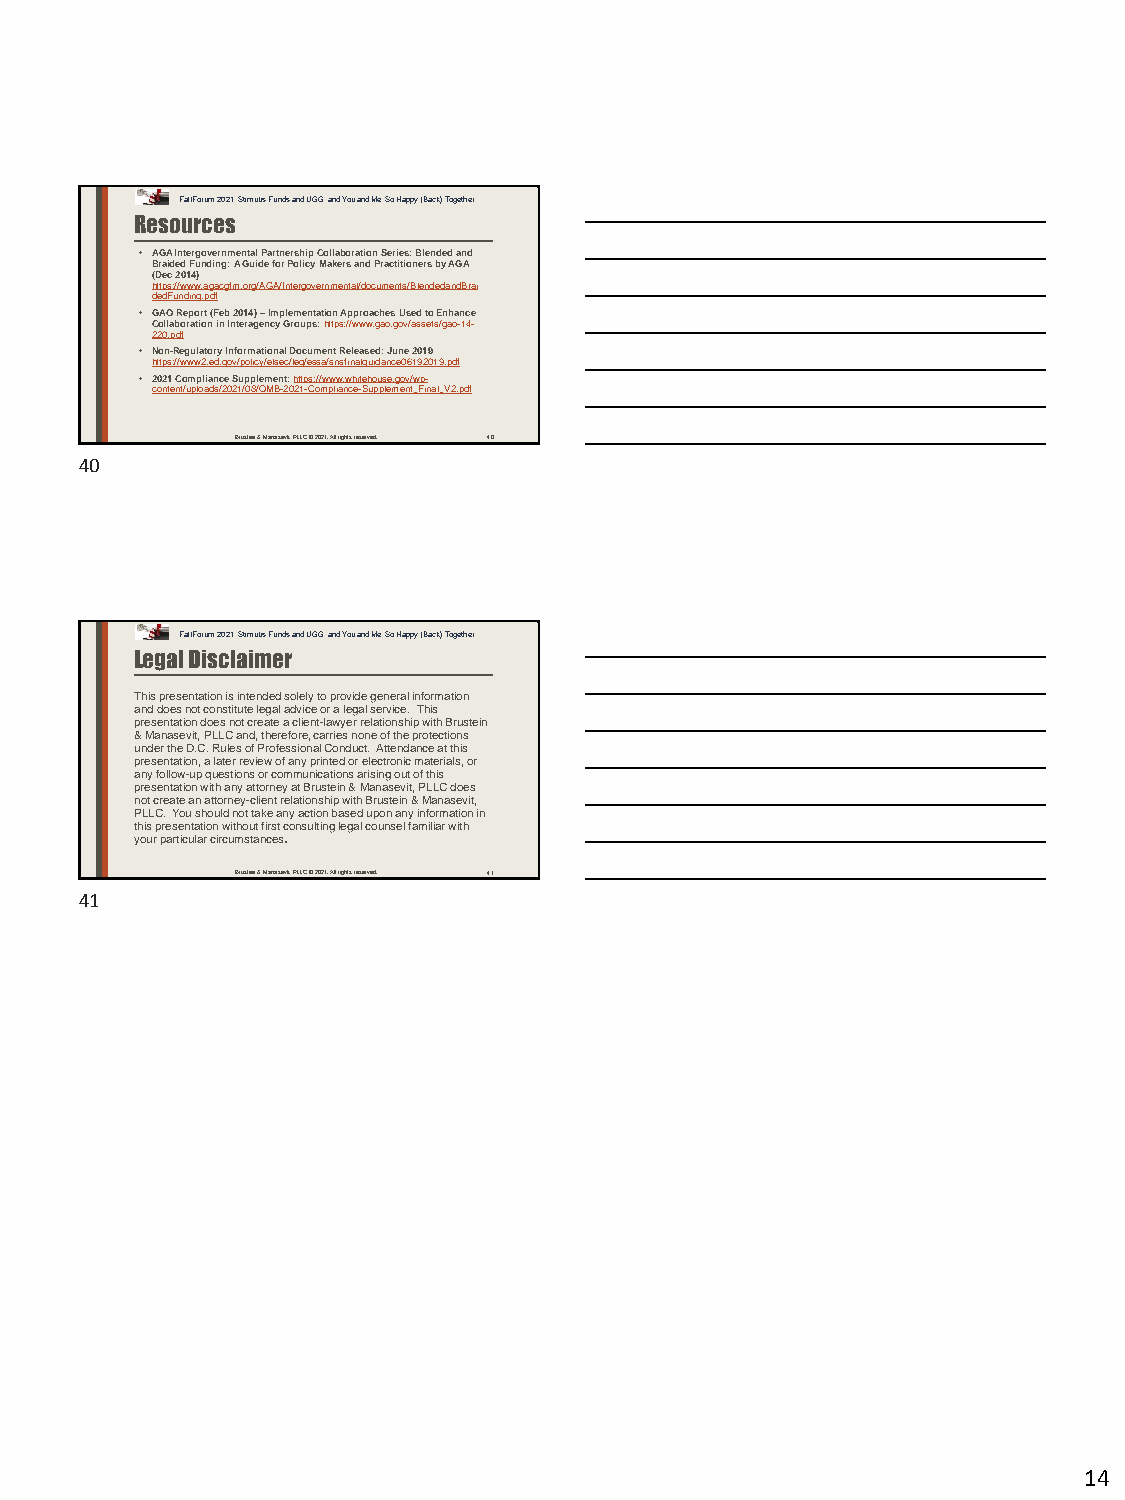
Fall Forum 2021: Stimulus Funds and UGG, and You and Me, So Happy (Back) Together
 Resources
 • AGA Intergovernmental Partnership Collaboration Series: Blended and
 Braided Funding: A Guide for Policy Makers and Practitioners by AGA
 (Dec 2014)
 https://www.agacgfm.org/AGA/Intergovernmental/documents/BlendedandBrai
 dedFunding.pdf
 • GAO Report (Feb 2014) –Implementation Approaches Used to Enhance
 Collaboration in Interagency Groups: https://www.gao.gov/assets/gao-14-
 220.pdf
 • Non-Regulatory Informational Document Released: June 2019
 https://www2.ed.gov/policy/elsec/leg/essa/snsfinalguidance06192019.pdf
 • 2021 Compliance Supplement: https://www.whitehouse.gov/wp-
 content/uploads/2021/08/OMB-2021-Compliance-Supplement_Final_V2.pdf
 Brustein & Manasevit, PLLC © 2021. All rights reserved. 40
 40
 Fall Forum 2021: Stimulus Funds and UGG, and You and Me, So Happy (Back) Together
 Legal Disclaimer
 This presentation is intended solely to provide general information
 and does not constitute legal advice or a legal service. This
 presentation does not create a client-lawyer relationship with Brustein
 & Manasevit, PLLC and, therefore, carries none of the protections
 under the D.C. Rules of Professional Conduct.Attendance at this
 presentation, a later review of any printed or electronic materials, or
 any follow-up questions or communications arising out of this
 presentation with any attorney at Brustein & Manasevit, PLLC does
 not create an attorney-client relationship with Brustein & Manasevit,
 PLLC.You should not take any action based upon any information in
 this presentation without first consulting legal counsel familiar with
 your particular circumstances.
 Brustein & Manasevit, PLLC © 2021. All rights reserved. 41
 41
 14